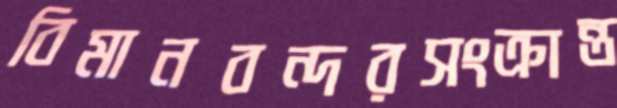
বিমানবন্দরসংক্রান্ত